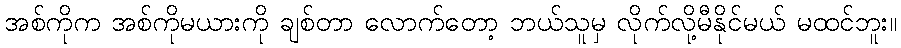
အစ်ကိုက အစ်ကိုမယားကို ချစ်တာ လောက်တော့ ဘယ်သူမှ လိုက်လို့မီနိုင်မယ် မထင်ဘူး။